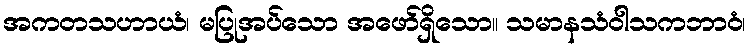
အကတသဟာယံ၊ မပြုအပ်သော အဖော်ရှိသော။ သမာနသံဝါသကဘာဝံ၊